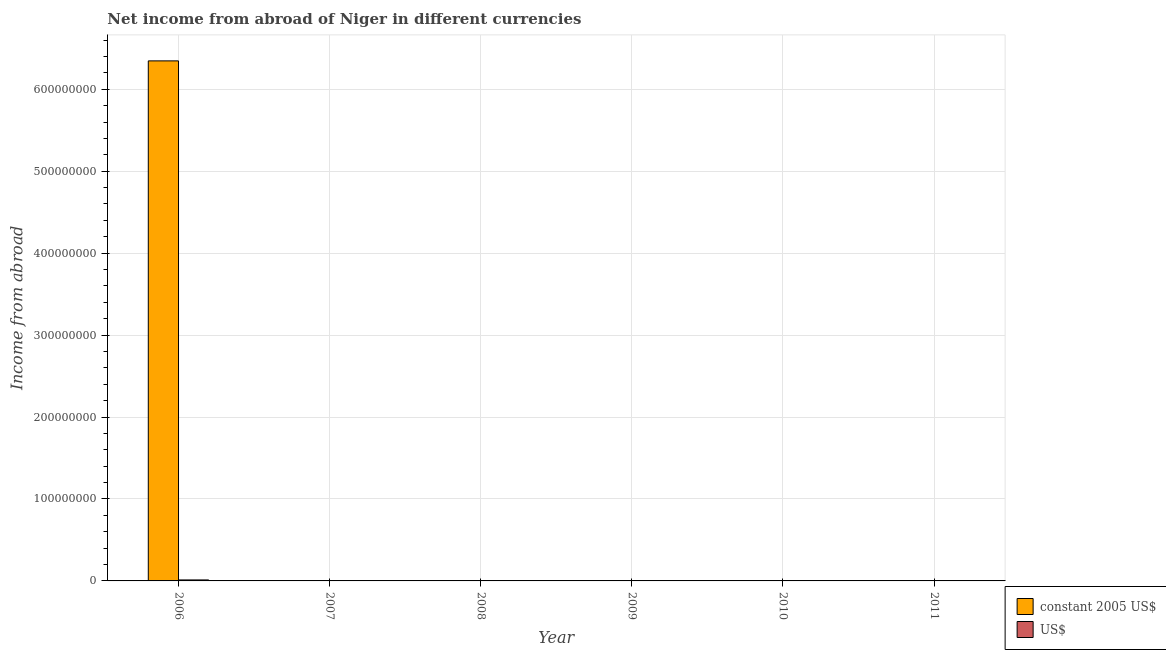
| Year | constant 2005 US$ | US$ |
 | --- | --- | --- |
 | 2006 | 6.35e+08 | 1.21e+06 |
 | 2007 | -2.11e+08 | -4.41e+05 |
 | 2008 | -8.52e+09 | -1.9e+07 |
 | 2009 | -1.64e+10 | -3.47e+07 |
 | 2010 | -2.19e+10 | -4.42e+07 |
 | 2011 | -2.34e+10 | -4.97e+07 |